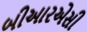
બીઆરએસી